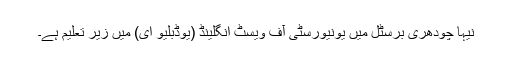
نیہا چودھری برسٹل میں یونیورسٹی آف ویسٹ انگلینڈ (یوڈبلیو ای) میں زیرِ تعلیم ہے۔